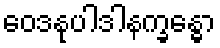
ဝေဒနုပါဒါနက္ခန္ဓော